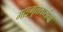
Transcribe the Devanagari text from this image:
माडगूळकरांना